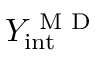
Y _ { \mathrm { i n t } } ^ { \textrm { M D } }